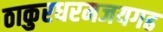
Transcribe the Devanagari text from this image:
ठाकुरधरमजयगढ